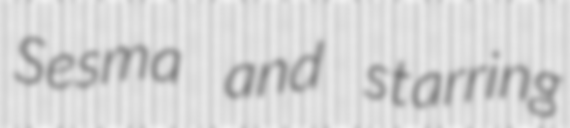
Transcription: Sesma and starring